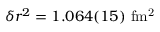
\delta r ^ { 2 } = 1 . 0 6 4 ( 1 5 ) \ \mathrm { f m ^ { 2 } }